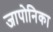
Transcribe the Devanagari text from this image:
जापोनिका